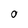
Character: O